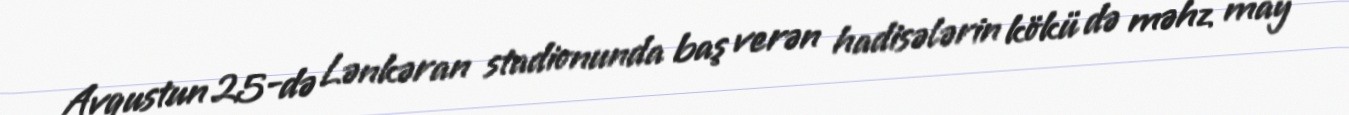
Avqustun 25-də Lənkəran stadionunda baş verən hadisələrin kökü də məhz may